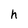
Character: h